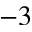
^ { - 3 }